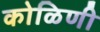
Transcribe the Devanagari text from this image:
कोळिणी